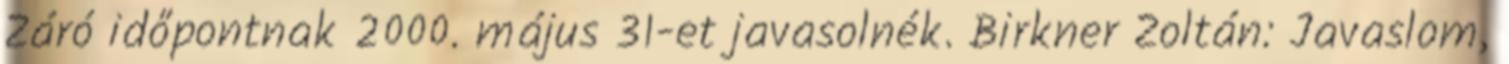
Záró időpontnak 2000. május 31-et javasolnék. Birkner Zoltán: Javaslom,